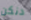
دنكن